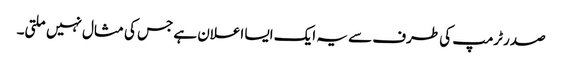
صدر ٹرمپ کی طرف سے یہ ایک ایسا اعلان ہے جس کی مثال نہیں ملتی۔